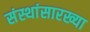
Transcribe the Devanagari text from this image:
संस्थांसारख्या